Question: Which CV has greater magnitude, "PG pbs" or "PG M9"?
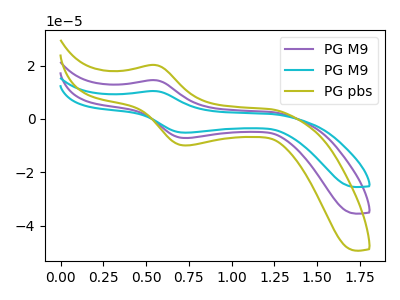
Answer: <think>The purple curve "PG M9" has an anodic peak at (0.55V, 14.55uA) and a cathodic peak at (0.75V, -7.15uA). The cyan curve "PG M9" has an anodic peak at (0.55V, 29.10uA) and a cathodic peak at (0.75V, -14.25uA). The olive curve "PG pbs" has an anodic peak at (0.55V, 20.25uA) and a cathodic peak at (0.75V, -9.90uA).
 All the peaks in "PG pbs" have a peak in "PG M9" at the same potential. Every peak in "PG pbs" is higher than every peak in "PG M9".</think>
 <answer>"PG pbs" has more signal than "PG M9".</answer>
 <eval>more_signal</eval>